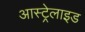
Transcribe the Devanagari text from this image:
आस्ट्रेलाइड